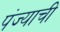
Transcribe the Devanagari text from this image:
पंज्याची